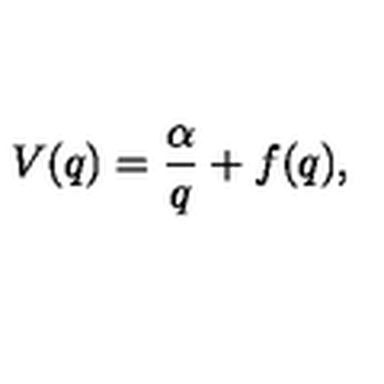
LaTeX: V ( q ) = \frac { \alpha } { q } + f ( q ) ,